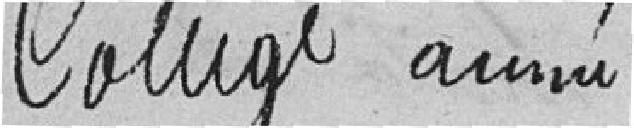
Collège année